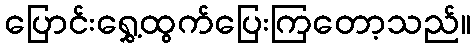
ပြောင်းရွှေ့ထွက်ပြေးကြတော့သည်။